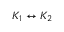
K _ { 1 } \leftrightarrow K _ { 2 }